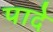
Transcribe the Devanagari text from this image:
पादे